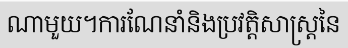
ណាមួយ។ការណែនាំនិងប្រវត្តិសាស្ត្រនៃ